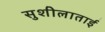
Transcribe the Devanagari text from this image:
सुशीलाताई